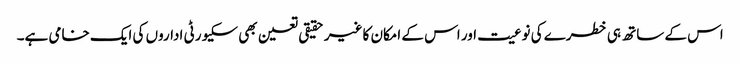
اس کے ساتھ ہی خطرے کی نوعیت اور اس کے امکان کا غیر حقیقی تعین بھی سکیورٹی اداروں کی ایک خامی ہے۔